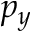
p _ { y }